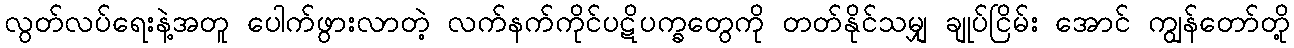
လွတ်လပ်ရေးနဲ့အတူ ပေါက်ဖွားလာတဲ့ လက်နက်ကိုင်ပဋိပက္ခတွေကို တတ်နိုင်သမျှ ချုပ်ငြိမ်း အောင် ကျွန်တော်တို့